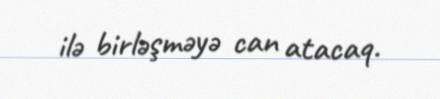
ilə birləşməyə can atacaq.